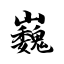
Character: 巍